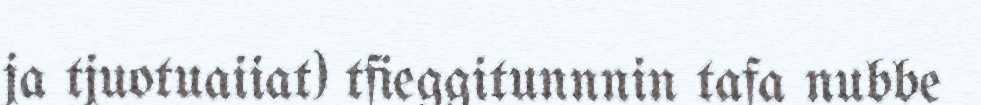
ja tjuotuaiiat) tfieggitunnnin tafa nubbe